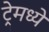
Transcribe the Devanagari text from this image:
ट्रेमध्ये